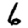
Digit: 6